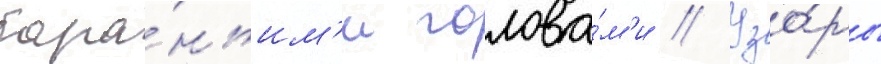
бара́ньим'и голова́м'и // Узо́ры